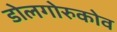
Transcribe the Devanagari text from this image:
डोलगोरुकोव